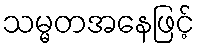
သမ္မတအနေဖြင့်